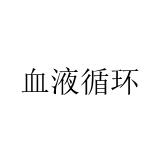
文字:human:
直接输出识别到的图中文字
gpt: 血液循环